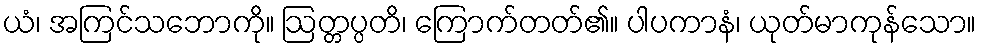
ယံ၊ အကြင်သဘောကို။ ဩတ္တပ္ပတိ၊ ကြောက်တတ်၏။ ပါပကာနံ၊ ယုတ်မာကုန်သော။